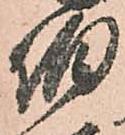
伯